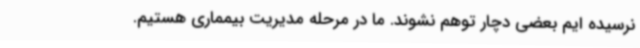
نرسیده ایم بعضی دچار توهم نشوند. ما در مرحله مدیریت بیمماری هستیم.